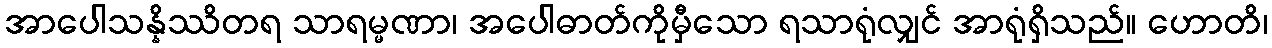
အာပေါသန္နိဿိတရ သာရမ္မဏာ၊ အပေါဓာတ်ကိုမှီသော ရသာရုံလျှင် အာရုံရှိသည်။ ဟောတိ၊